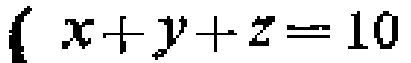
\(x + y + z = 10\)